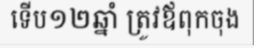
ទើប១២ឆ្នាំ ត្រូវឪពុកចុង